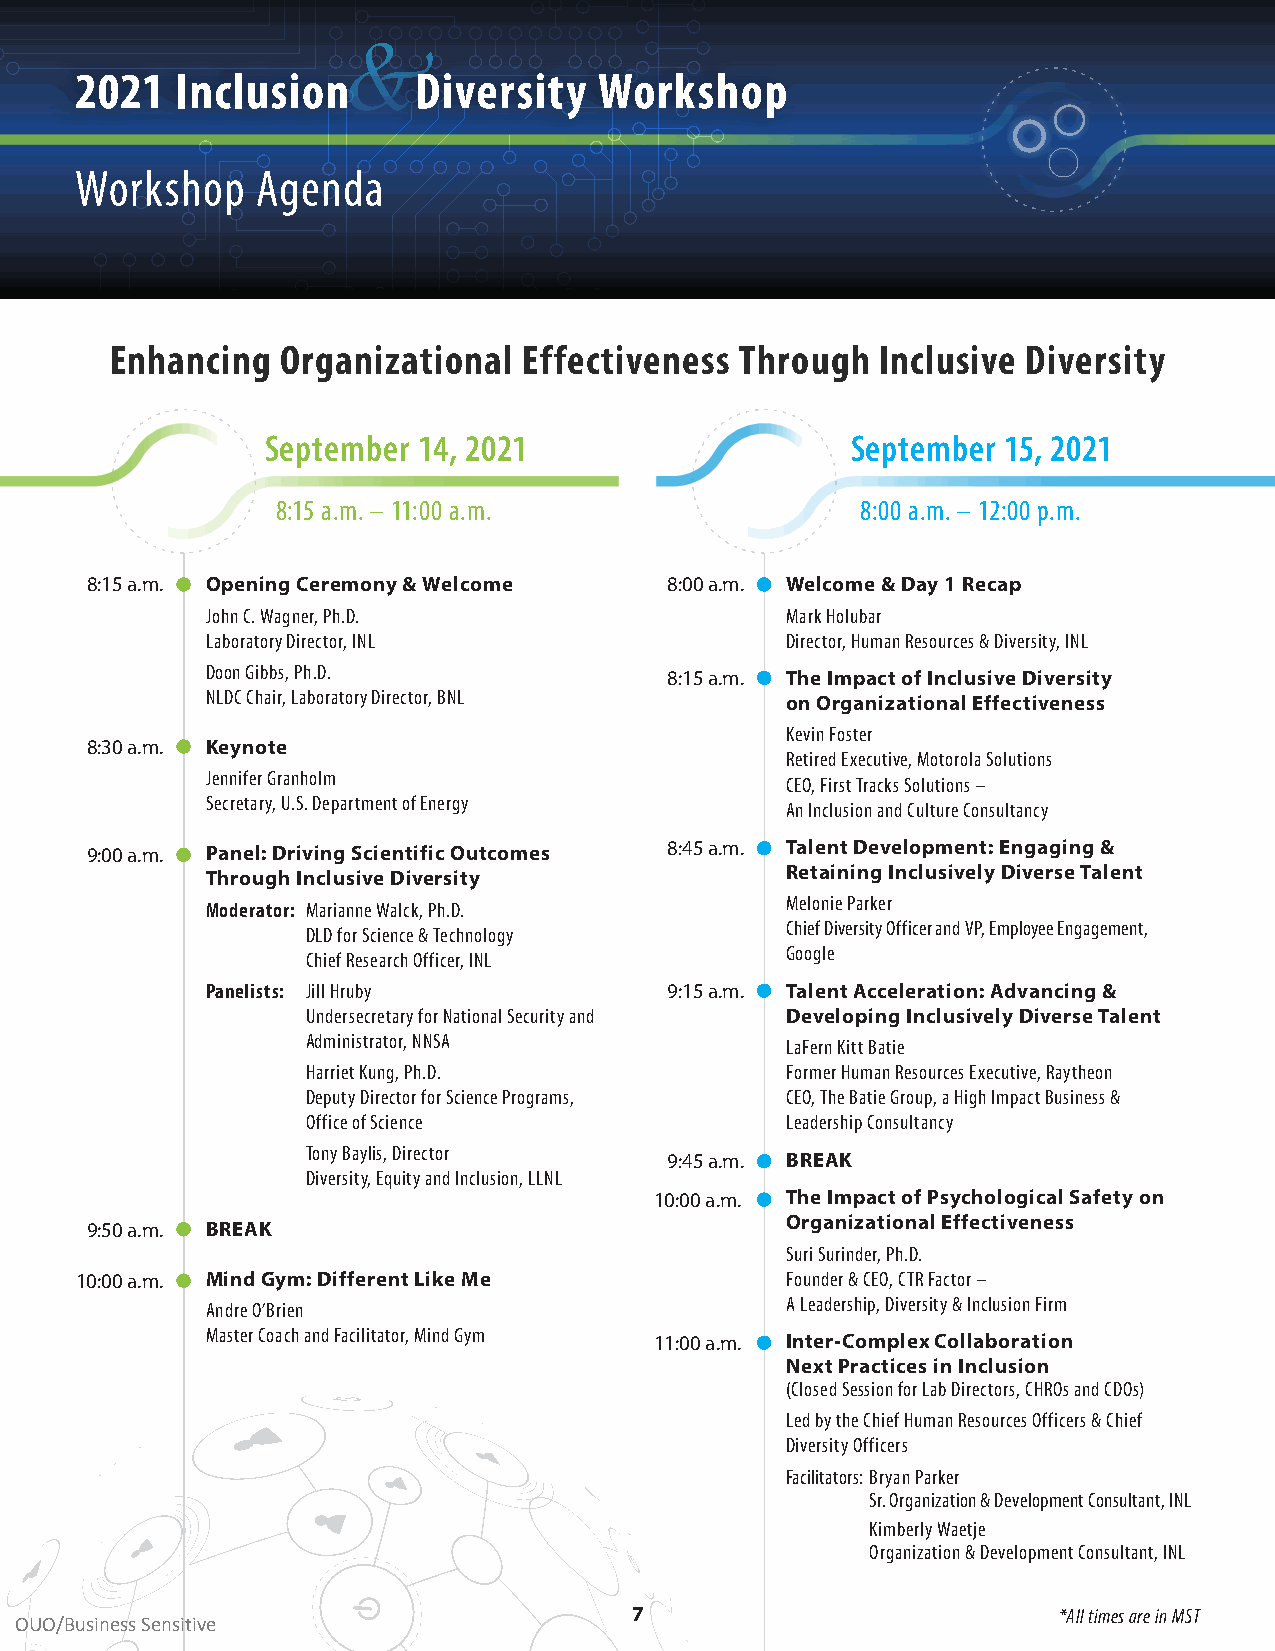
&
 2021   Inclusion      Diversity    Workshop
 Workshop    Agenda
 Enhancing   Organizational  Effectiveness Through  Inclusive Diversity
 September 14, 2021                    September 15, 2021
 8:15 a .m . – 11:00 a .m .             8:00 a .m . – 12:00 p .m .
 8:15 a.m. Opening Ceremony & Welcome  8:00 a.m. Welcome & Day 1 Recap
 John C . Wagner, Ph .D .              Mark Holubar
 Laboratory Director, INL              Director, Human Resources & Diversity, INL
 Doon Gibbs, Ph .D .           8:15 a.m. The Impact of Inclusive Diversity
 NLDC Chair, Laboratory Director, BNL  on Organizational Effectiveness
 Kevin Foster
 8:30 a.m. Keynote
 Retired Executive, Motorola Solutions
 Jennifer Granholm                     CEO, First Tracks Solutions –
 Secretary, U .S . Department of Energy An Inclusion and Culture Consultancy
 9:00 a.m. Panel: Driving Scientific Outcomes 8:45 a.m. Talent Development: Engaging &
 Through Inclusive Diversity           Retaining Inclusively Diverse Talent
 Moderator: Marianne Walck, Ph .D .    Melonie Parker
 DLD for Science & Technology    Chief Diversity Officer and VP, Employee Engagement,
 Chief Research Officer, INL     Google
 Panelists: Jill Hruby         9:15 a.m. Talent Acceleration: Advancing &
 Undersecretary for National Security and Developing Inclusively Diverse Talent
 Administrator, NNSA             LaFern Kitt Batie
 Harriet Kung, Ph .D .           Former Human Resources Executive, Raytheon
 Deputy Director for Science Programs, CEO, The Batie Group, a High Impact Business &
 Office of Science               Leadership Consultancy
 Tony Baylis, Director   9:45 a.m. BREAK
 Diversity, Equity and Inclusion, LLNL
 10:00 a.m. The Impact of Psychological Safety on
 9:50 a.m. BREAK                               Organizational Effectiveness
 Suri Surinder, Ph .D .
 10:00 a.m. Mind Gym: Different Like Me         Founder & CEO, CTR Factor –
 Andre O’Brien                         A Leadership, Diversity & Inclusion Firm
 Master Coach and Facilitator, Mind Gym 11:00 a.m. Inter-Complex Collaboration
 Next Practices in Inclusion
 (Closed Session for Lab Directors, CHROs and CDOs)
 Led by the Chief Human Resources Officers & Chief
 Diversity Officers
 Facilitators: Bryan Parker
 Sr . Organization & Development Consultant, INL
 Kimberly Waetje
 Organization & Development Consultant, INL
 7                           *All times are in MST
 OUO/Business Sensitive